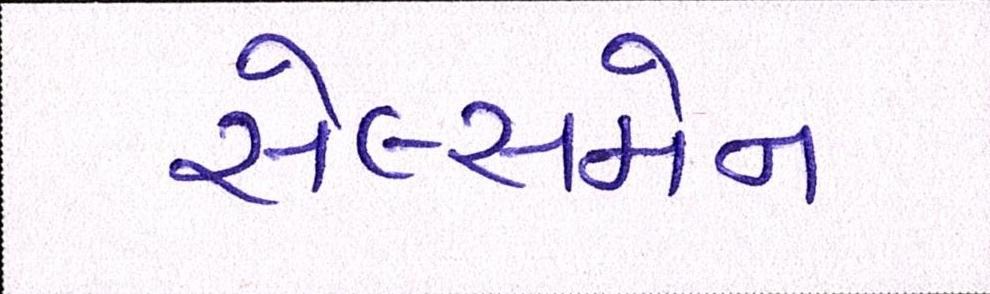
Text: સેલ્સમેન